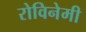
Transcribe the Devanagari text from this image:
रोविनेमी